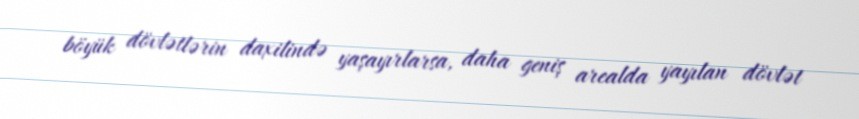
böyük dövlətlərin daxilində yaşayırlarsa, daha geniş arealda yayılan dövlət